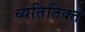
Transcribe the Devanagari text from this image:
व्यतितिक्त